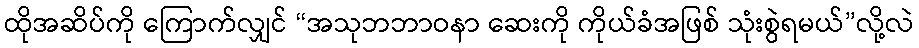
ထိုအဆိပ်ကို ကြောက်လျှင် “အသုဘဘာဝနာ ဆေးကို ကိုယ်ခံအဖြစ် သုံးစွဲရမယ်”လို့လဲ